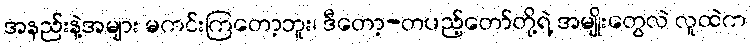
အနည်းနဲ့အများ မကင်းကြတော့ဘူး၊ ဒီတော့-တပည့်တော်တို့ရဲ့ အမျိုးတွေလဲ လူထဲက